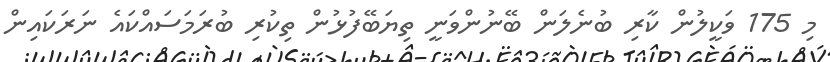
މި 175 ވަކީލުން ކާރި ބުނެލަން ބޭނުންވަނީ ތިޔަބޭފުޅުން ތިކުރި ބުރަމަސައްކައެ ނަރަކައިން